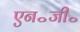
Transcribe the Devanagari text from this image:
एन॰जी॰